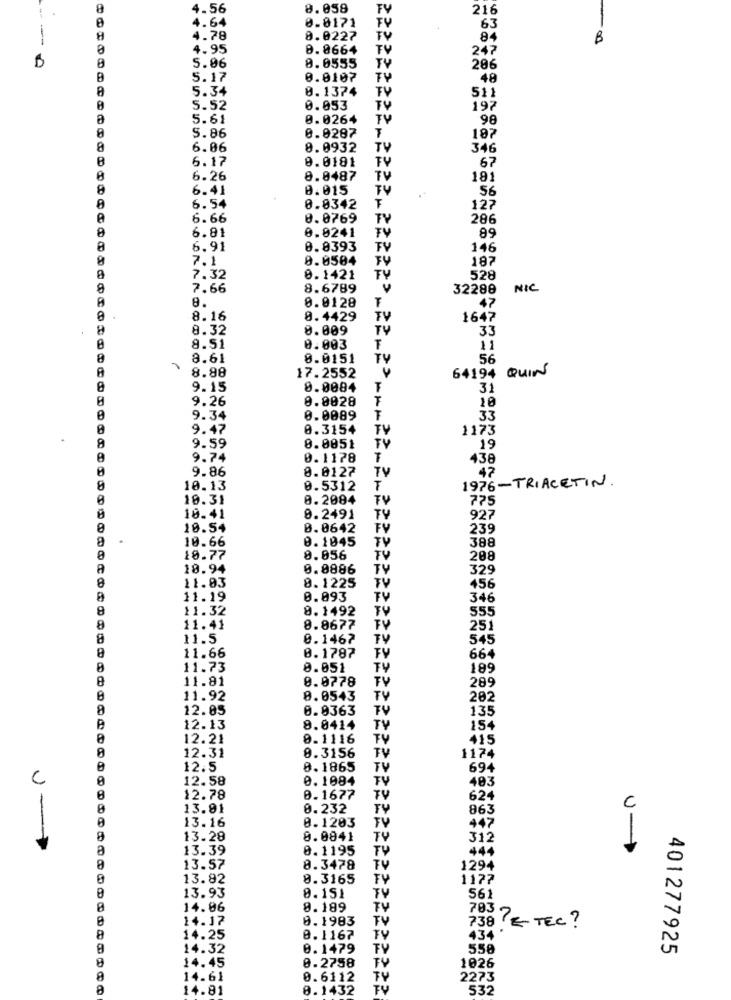
1 .
4.56
8.058
FV
216
8.8171
4.64
63
--
4.78
8.0227
TV
84
B
A
4.95
0.8664
TV
247
0
8
5.06
8.0555
286
8
5.17
0.0107
48
5.34
0.1374
511
5.52
0.053
197
a
5.61
0.0264
TV
98
8
S.86
0.0287
187
8
6.06
8.0932
346
B
6.17
0.0181
FV
67
6.26
8.0487
181
8
6.41
0.015
TV
56
8
6.54
0.0342
127
6.66
0.0769
TV
286
8
6.81
0.0241
FY
89
6.91
0.8393
FY
146
7.1
8.0504
187
7.32
0.1421
TV
528
8
7.66
8.6789
32288
NIC
8.
0.0128
47
.
8.16
8.4429
TV
1647
8
8.32
8.009
TY
33
8.51
0.003
11
8
8.61
8.0151
TV
56
A
8.88
64194 QUIN
17.2552
9.15
0.0084
T
31
0.0028
10
9.26
9.34
0.0089
T
33
9.47
0.3154
TV
1173
8
9.59
0.0051
TV
19
9.74
0.1178
438
9.86
8.0127
TV
47
1976-TRIACETIN.
8
10.13
0.5312
T
0
10.31
0.2084
TV
725
10.41
9.2491
TY
927
10.54
0.0642
FV
239
.
10.66
0.1045
388
TY
10.77
8.056
TV
208
A
18.94
0.0886
TV
329
8
11.03
8.1225
TV
456
11.19
0.093
TV
346
8
11.32
8.1492
FY
555
8
11.41
8.8677
FY
25
8
11.5
0.1467
545
0.1787
11.66
F
664
11.73
0.051
TY
189
11.81
0.0778
289
11.92
8.0543
TY
282
12.05
0.0363
TV
135
12.13
8.0414
TV
154
12.21
8.1116
415
8
1174
12.31
8.3156
12.5
0.1865
694
C
0
12.58
0.1084
TY
483
12.78
0.1677
624
13.91
8.232
863
13.16
0.1203
447
13.28
0.0841
312
13.39
0.1195
TY
444
U-
8
13.57
8.3478
TV
1294
13.82
8.3165
FY
1177
TV
13.93
8.151
561
14.06
8.189
TV
14.17
0.1983
TV
703 7
738 E TEC ?
8
14.25
0.1167
TV
434
14.32
0.1479
TV
550
401277925
14.45
0.2758
1026
8
14.61
0.6112
2273
14.81
0.1432
532